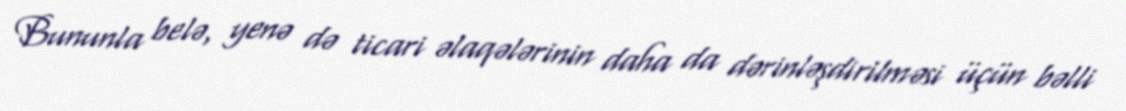
Bununla belə, yenə də ticari əlaqələrinin daha da dərinləşdirilməsi üçün bəlli